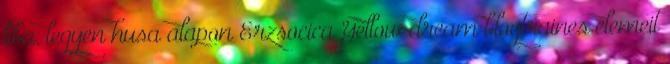
liba, legyen husa alapon Erzsocica Yellow dream blogtraines elemeit